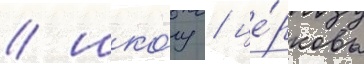
/ шко́лу / це́рковь